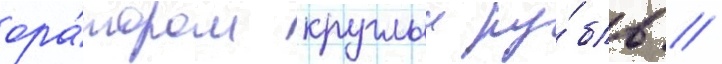
ора́тором круглыи ру́бль //